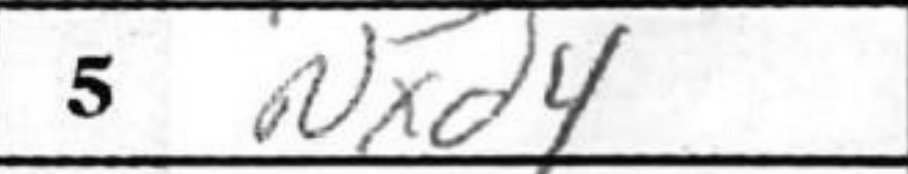
Transcription: Nxd4